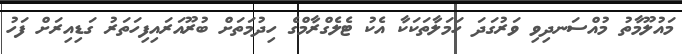
މައުލޫމާތު މުއްސަނދިވި ވަރުގަދަ ހަމަލާތަކަކާ އެކު ޓެލެގްރާމްގެ ހިދުމަތަށް ބުރޫއަރައިފިހަތަރު ގަޑިއިރަށް ފަހު